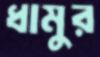
ধামুর